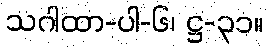
သဂါထာ-ပါ-၆၊ ဋ္ဌ-၃၁။